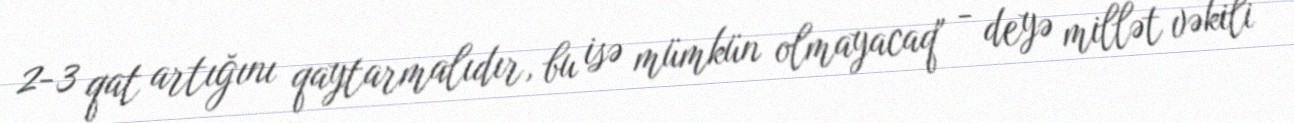
2-3 qat artığını qaytarmalıdır, bu isə mümkün olmayacaq" - deyə millət vəkili